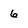
Character: 6